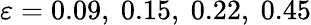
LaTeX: \varepsilon=0.09,\ 0.15,\ 0.22,\ 0.45